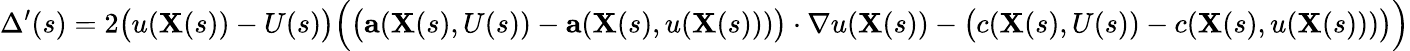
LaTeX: \Delta^{\prime}(s)=2{\big(}u(\mathbf{X}(s))-U(s){\big)}{\Big(}{\big(}\mathbf{a}(\mathbf{X}(s),U(s))-\mathbf{a}(\mathbf{X}(s),u(\mathbf{X}(s))){\big)}\cdot\nabla u(\mathbf{X}(s))-{\big(}c(\mathbf{X}(s),U(s))-c(\mathbf{X}(s),u(\mathbf{X}(s))){\big)}{\Big)}